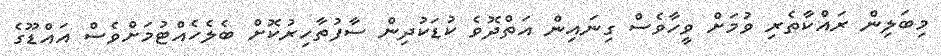
މިބަލިން ރައްކާތެރި ވުމަށް ވީހާވެސް ގިނައިން އަތްދޮވެ ކުުޑަކުދިން ސާފުތާހިރުކޮށް ބެލެހެއްޓުމަށްވެސް އައްޑޫގެ